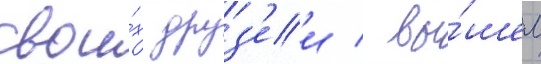
свои́х друз'еи / вы́шел